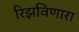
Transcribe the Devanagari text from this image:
रिझविणारा